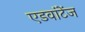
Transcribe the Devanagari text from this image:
एडवांटेंज